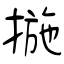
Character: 揓